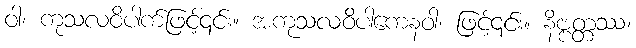
ဝါ၊ ကုသလဝိပါက်ဖြင့်၎င်း။ အကုသလဝိပါကေနဝါ၊ ဖြင့်၎င်း။ နိဗ္ဗတ္တဿ၊